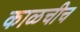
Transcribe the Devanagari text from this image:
काळचीच